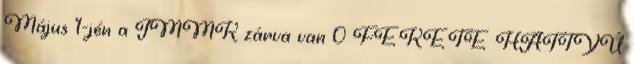
Május 1-jén a JMMK zárva van 0 FEKETE HATTYÚ